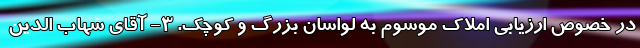
در خصوص ارزیابی املاک موسوم به لواسان بزرگ و کوچک. ۳- آقای شهاب الدین